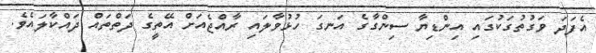
އެފަދަ ވަގުތުގަކުގައި އިންޑިޔާ ސިންގާގެ އަނގަ ހުޅުވާލައި ރާއްޖެއަށް އޭތީގެ ދަތްތައް ދައްކާލައެވެ.